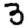
Digit: 3